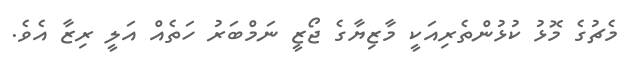
މެޗުގެ މޮޅު ކުޅުންތެރިއަކީ މާޒިޔާގެ ޖޯޒީ ނަމްބަރު ހަތެއް އަލީ ރިޒާ އެވެ.